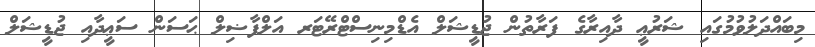
މިބައްދަލުވުމުގައި ޝަރުޢީ ދާއިރާގެ ފަރާތުން ޖުޑީޝަލް އެޑްމިނިސްޓްރޭޓަރ އަލްފާޟިލް ޙަސަން ސަޢީދާއި ޖުޑީޝަލް